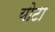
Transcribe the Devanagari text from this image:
योटा